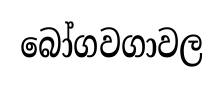
බෝගවගාවල